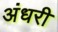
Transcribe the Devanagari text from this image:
अंधरी